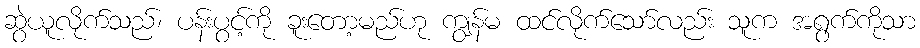
ဆွဲယူလိုက်သည်၊ ပန်းပွင့်ကို ခူးတော့မည်ဟု ကျွန်မ ထင်လိုက်သော်လည်း သူက အရွက်ကိုသာ